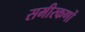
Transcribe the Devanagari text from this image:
समीरकणों